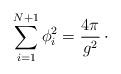
LaTeX: \begin{align*}\sum_{i=1}^{N+1} \phi_{i}^{2} = {4\pi\over g^{2}}\,\cdotp\end{align*}